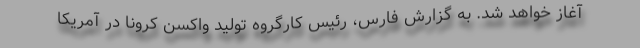
آغاز خواهد شد. به گزارش فارس، رئیس کارگروه تولید واکسن کرونا در آمریکا